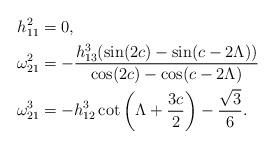
LaTeX: \begin{align*}h_{11}^2&=0,\\\omega_{21}^2&=-\frac{h_{13}^3 (\sin (2 c)-\sin (c-2 \Lambda ))}{\cos (2 c)-\cos (c-2 \Lambda )}\\\omega_{21}^3&= -h_{12}^3 \cot \left(\Lambda +\frac{3 c}{2}\right)-\frac{\sqrt{3}}{6}.\end{align*}